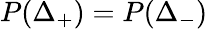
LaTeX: P(\Delta_{+})=P(\Delta_{-})